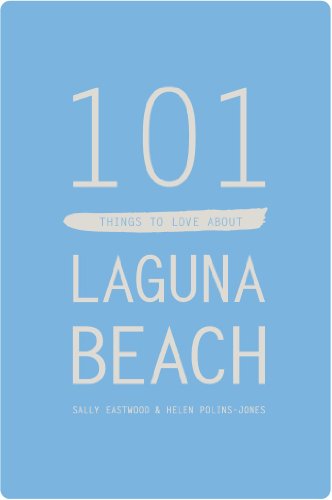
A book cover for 101 Things to Love About Laguna Beach; Sally Eastwood; Travel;